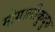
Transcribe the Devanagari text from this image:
मोगालीकुदुरु